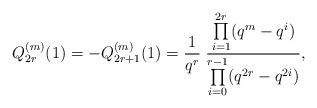
LaTeX: \begin{align*}Q^{(m)}_{2r}(1)=-Q^{(m)}_{2r+1}(1)=\frac{1}{q^r}\;\frac{\prod\limits_{i=1}^{2r}(q^m-q^i)}{\prod\limits_{i=0}^{r-1}(q^{2r}-q^{2i})},\end{align*}